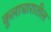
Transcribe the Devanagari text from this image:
कुलाचारातील